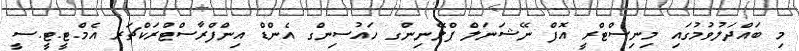
މި ބައްދަލުވުމުގައި މިނިސްޓްރީ އޮފް ނޭޝަނަލް ޕްލޭނިންގ ހައުސިންގ އެންޑް އިންފްރާސްޓްރަކްޗަރ އެމް.ޓީ.ޓީ.ސީ